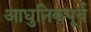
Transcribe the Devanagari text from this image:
आधुनिकपूर्व